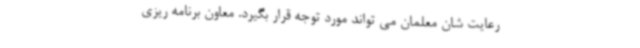
رعایت شان معلمان می تواند مورد توجه قرار بگیرد. معاون برنامه ریزی